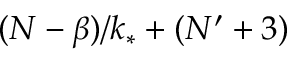
( N - \beta ) / k _ { * } + ( N ^ { \prime } + 3 )